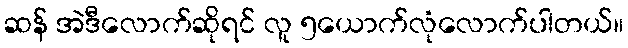
ဆန် အဲဒီလောက်ဆိုရင် လူ ၅ယောက်လုံလောက်ပါတယ်။